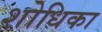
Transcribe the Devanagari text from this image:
शोधिका